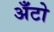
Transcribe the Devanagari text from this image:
अँटो